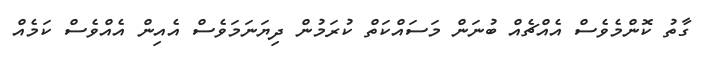
ގާތު ކޮންމެވެސް އެއްޗެއް ބުނަން މަސައްކަތް ކުރަމުން ދިޔަނަމަވެސް އެއިން އެއްވެސް ކަމެއް